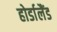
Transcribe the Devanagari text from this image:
होर्डालैंड